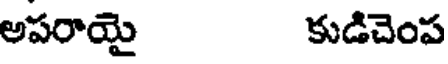
అపరాయై కుడిచెంప